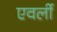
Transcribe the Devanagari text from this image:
एवर्ली